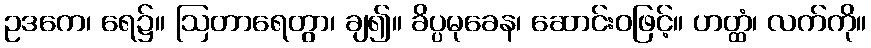
ဥဒကေ၊ ရေ၌။ ဩတာရေတွာ၊ ချ၍။ ခိပ္ပမုခေန၊ ဆောင်းဝဖြင့်။ ဟတ္ထံ၊ လက်ကို။